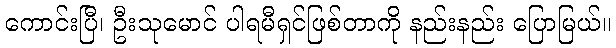
ကောင်းပြီ၊ ဦးသုမောင် ပါရမီရှင်ဖြစ်တာကို နည်းနည်း ပြောမြယ်။